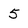
Character: 5